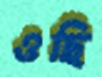
ওছি